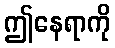
ဤနေရာကို